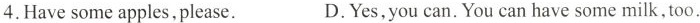
4.Have some apples, please. D.Yes, you can. You can have some milk,too.